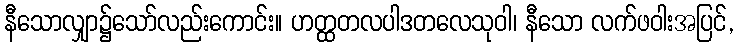
နီသောလျှာ၌သော်လည်းကောင်း။ ဟတ္ထတလပါဒတလေသုဝါ၊ နီသော လက်ဖဝါးအပြင်,